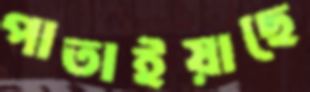
পাতাইয়াছে